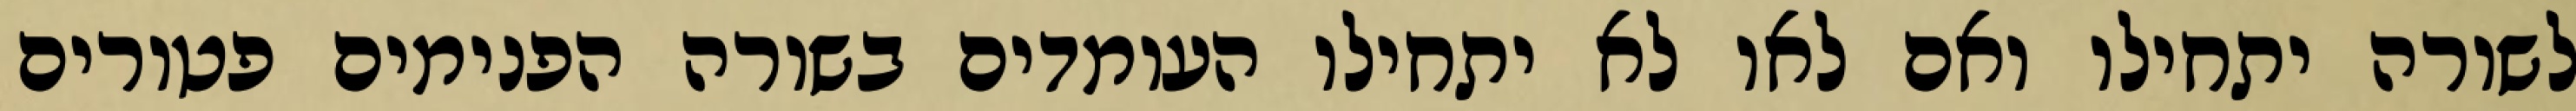
לשורה יתחילו ואם לאו לא יתחילו העומדים בשורה הפנימים פטורים